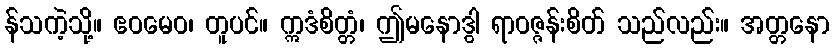
န်သကဲ့သို့။ ဧဝမေဝ၊ တူပင်။ ဣဒံစိတ္တံ၊ ဤမနောဒွါ ရာဝဇ္ဇန်းစိတ် သည်လည်း။ အတ္တနော